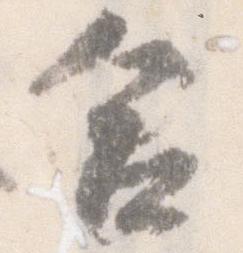
合